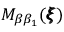
M _ { \beta \beta _ { 1 } } ( { \pmb \xi } )